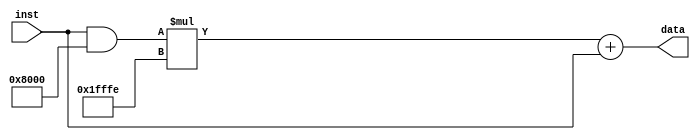
`timescale 1ns / 1ps
//////////////////////////////////////////////////////////////////////////////////
// Company: 
// Engineer: 
// 
// Design Name: 
// Module Name: signext
// Project Name: 
// Target Devices: 
// Tool Versions: 
// Description: 
// 
// Dependencies: 
// 
// Revision:
// Revision 0.01 - File Created
// Additional Comments:
// 
//////////////////////////////////////////////////////////////////////////////////


module signext(
    input [15:0] inst,
    output reg [31:0] data
    );
    always @(inst)
        begin
            data = inst;
            data = (data&(32'h8000))*32'h1fffe + data;
        end
endmodule